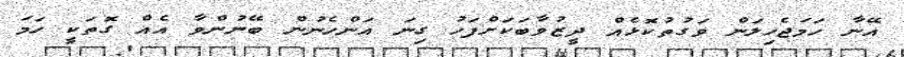
އޭނާ ހަމަޖެހިލަން ވަގުތުކޮޅެއް ދީޒުވާބަކަށްފަހު ގިނަ އަންހެނުން ބޭނުންވާ އެއް ގޮތަކީ ހަމަ